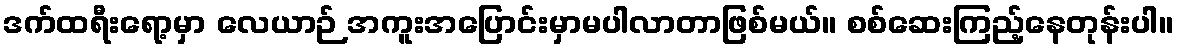
ဒက်ထရီးရော့မှာ လေယာဉ် အကူးအပြောင်းမှာမပါလာတာဖြစ်မယ်။ စစ်ဆေးကြည့်နေတုန်းပါ။